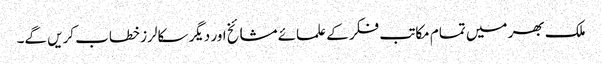
ملک بھر میں تمام مکاتب فکر کے علمائے مشائخ اور دیگر سکالرز خطاب کریں گے۔